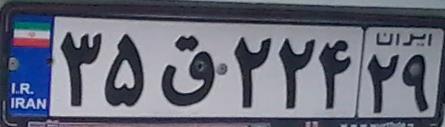
۳۵ق۲۲۴۲۹